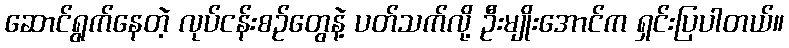
ဆောင်ရွက်နေတဲ့ လုပ်ငန်းစဉ်တွေနဲ့ ပတ်သက်လို့ ဦးမျိုးအောင်က ရှင်းပြပါတယ်။